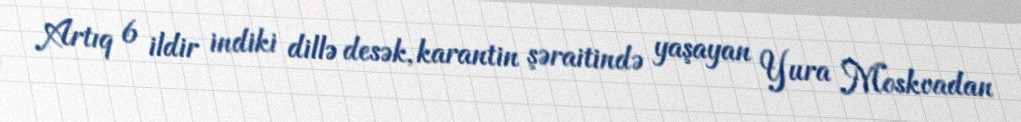
Artıq 6 ildir indiki dillə desək, karantin şəraitində yaşayan Yura Moskvadan